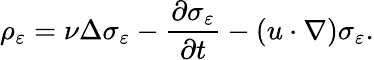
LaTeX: \rho_{\varepsilon}=\nu\Delta\sigma_{\varepsilon}-\frac{\partial\sigma_{\varepsilon}}{\partial t}-(u\cdot\nabla)\sigma_{\varepsilon}.